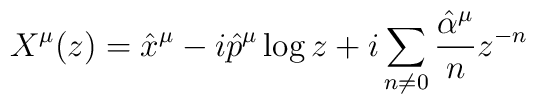
X^{\mu}(z)=\hat{x}^{\mu}-i\hat{p}^{\mu}\log z+i\sum_{n\neq0}\frac{\hat{\alpha}^{\mu}}{n}z^{-n}